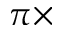
\pi \times